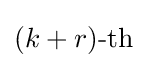
(k+r){\text{-th}}